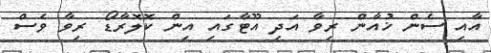
އާއި ސެން ޚުއާން ރިވާ އަދި އޫޓާގައި އިން ކޮލޮރާޑޯ ރިވާ ވެސް